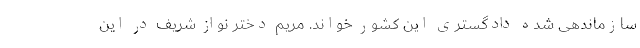
سازماندهی شده دادگستری این کشور خواند. مریم دختر نواز شریف در این